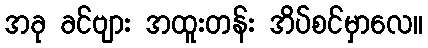
အခု ခင်ဗျား အထူးတန်း အိပ်စင်မှာလေ။